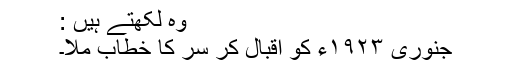
وہ لکھتے ہیں :
جنوری ١٩٢٣ء کو اقبال کر سَر کا خطاب ملا۔